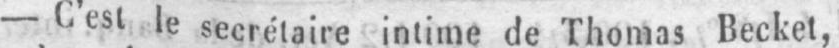
- C’est le secrétaire intime de Thomas Becket,